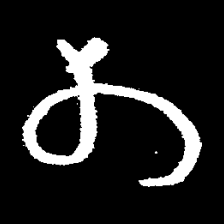
Pyu character \u2014 Myanmar letter: တ (romanized: ta)